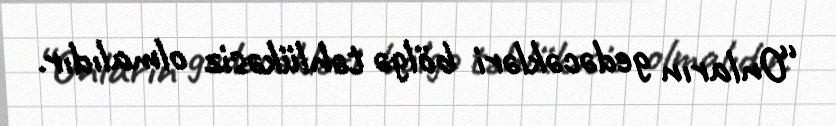
“Onların gedəcəkləri bölgə təhlükəsiz olmalıdır.